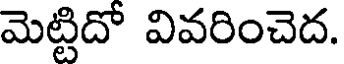
మెట్టిదో వివరించెద.